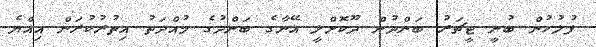
ފުލުހުން ބުނީ ޓީޗަރު ބަންދުން ދޫކޮށްލީ އޭނާގެ ބަންދުގެ މުއްދަތު އިތުރުކުރަން އިއްޔެ